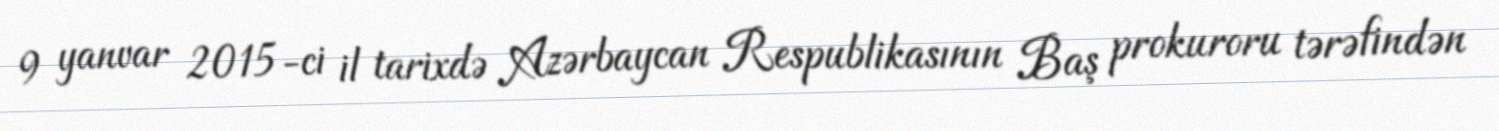
9 yanvar 2015-ci il tarixdə Azərbaycan Respublikasının Baş prokuroru tərəfindən